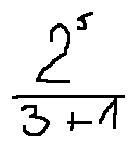
\frac { 2 ^ { 5 } } { 3 + 1 }